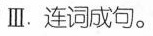
Ⅲ.连词成句。